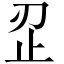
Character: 𰙜